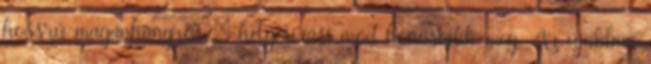
hosszú magánhangzós – helyesírási mód honosodik meg. Az újabban